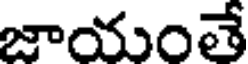
జాయంతే